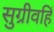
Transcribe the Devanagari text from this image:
सुग्रीवहिं